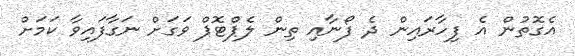
އެގޮތުން އެ ފިހާރައިން ދެ ފޯނާއި ތިން ލެޕްޓޮޕް ވަގަށް ނަގާފައިވާ ކަމަށް